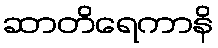
ဆာတိရေကာနိ